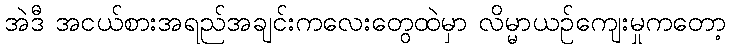
အဲဒီ အငယ်စားအရည်အချင်းကလေးတွေထဲမှာ လိမ္မာယဉ်ကျေးမှုကတော့